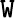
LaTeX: \boldsymbol{\mathtt{W}}